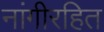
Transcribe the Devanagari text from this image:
नांगीरहित